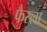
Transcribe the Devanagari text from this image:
फैस्ला